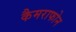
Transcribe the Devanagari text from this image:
कैमराफोन